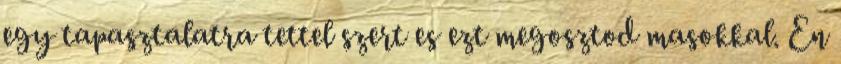
egy tapasztalatra tettel szert es ezt megosztod masokkal. En